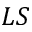
L S